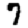
Digit: 7